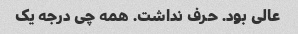
عالی بود. حرف نداشت. همه چی درجه یک